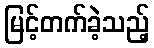
မြင့်တက်ခဲ့သည့်